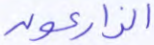
الزارعون